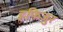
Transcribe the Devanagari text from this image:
हफिजुर